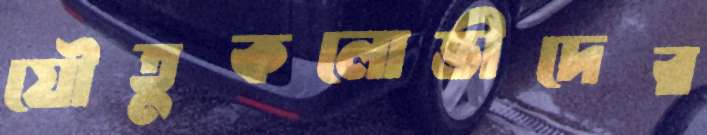
যৌতুকলোভীদের